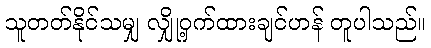
သူတတ်နိုင်သမျှ လျှို့ဝှက်ထားချင်ဟန် တူပါသည်။